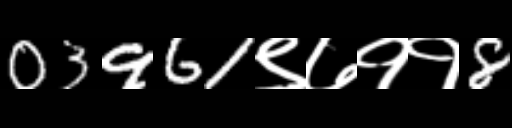
Text: 03961९७११8